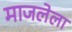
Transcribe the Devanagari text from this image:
माजलेला